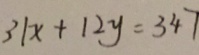
3 1 x + 1 2 y = 3 4 7